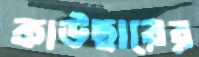
কাউছারের